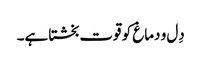
دِل و دماغ کو قوت بخشتا ہے۔